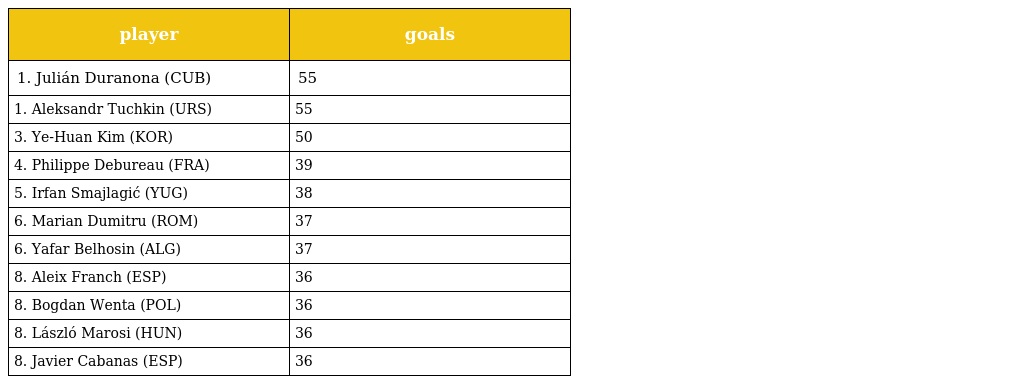
| player | goals |
 | --- | --- |
 | 1. Julián Duranona (CUB) | 55 |
 | 1. Aleksandr Tuchkin (URS) | 55 |
 | 3. Ye-Huan Kim (KOR) | 50 |
 | 4. Philippe Debureau (FRA) | 39 |
 | 5. Irfan Smajlagić (YUG) | 38 |
 | 6. Marian Dumitru (ROM) | 37 |
 | 6. Yafar Belhosin (ALG) | 37 |
 | 8. Aleix Franch (ESP) | 36 |
 | 8. Bogdan Wenta (POL) | 36 |
 | 8. László Marosi (HUN) | 36 |
 | 8. Javier Cabanas (ESP) | 36 |